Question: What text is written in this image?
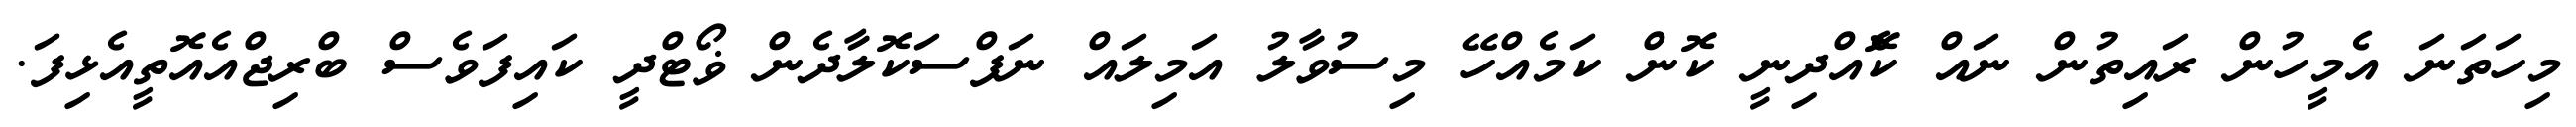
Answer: މިހަތަނަ އެމީހުން ރައިތުން ނައް ކޮެއްދިނީ ކޮން ކަމެއްހޭ މިސުވާލު އަމިލައް ނަފްސަކޮލާދެން ޥޯޓްދީ ކައިފަވެސް ބްރިޖްއެއޮތީއެޅިފަ.